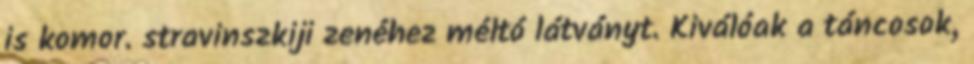
is komor. stravinszkiji zenéhez méltó látványt. Kiválóak a táncosok,